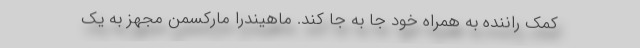
کمک راننده به همراه خود جا به جا کند. ماهیندرا مارکسمن مجهز به یک